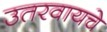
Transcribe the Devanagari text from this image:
उतरवायचे